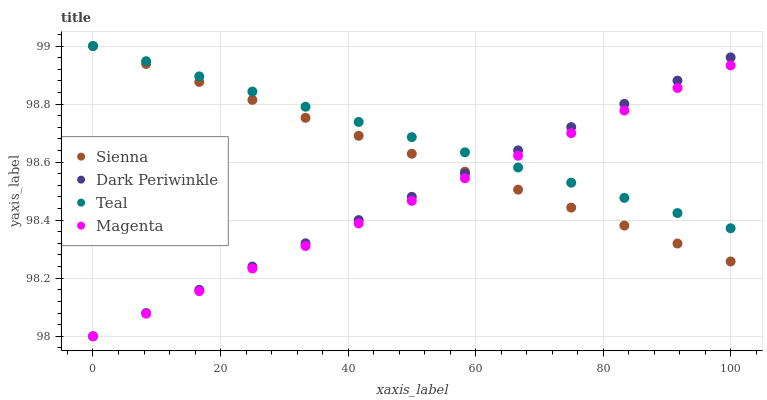
| xaxis_label | Sienna | Dark Periwinkle | Teal | Magenta |
 | --- | --- | --- | --- | --- |
 | 0 | 99 | 98 | 99 | 98 |
 | 8.33 | 98.9 | 98.1 | 98.9 | 98.1 |
 | 16.7 | 98.9 | 98.2 | 98.9 | 98.2 |
 | 25 | 98.8 | 98.2 | 98.8 | 98.2 |
 | 33.3 | 98.8 | 98.3 | 98.8 | 98.3 |
 | 41.7 | 98.7 | 98.4 | 98.7 | 98.4 |
 | 50 | 98.6 | 98.5 | 98.7 | 98.5 |
 | 58.3 | 98.6 | 98.6 | 98.6 | 98.5 |
 | 66.7 | 98.5 | 98.6 | 98.6 | 98.6 |
 | 75 | 98.4 | 98.7 | 98.5 | 98.7 |
 | 83.3 | 98.4 | 98.8 | 98.5 | 98.8 |
 | 91.7 | 98.3 | 98.9 | 98.4 | 98.9 |
 | 100 | 98.3 | 99 | 98.4 | 98.9 |